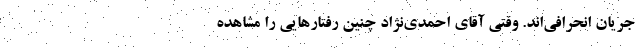
جریان انحرافی‌اند. وقتی آقای احمدی‌نژاد چنین رفتار‌هایی را مشاهده